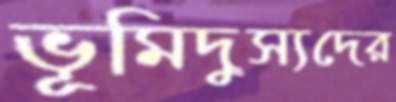
ভূমিদুস্যদের